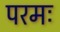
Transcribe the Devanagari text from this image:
परमः